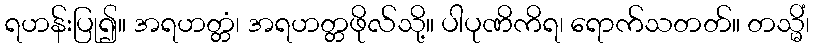
ရဟန်းပြု၍။ အရဟတ္တံ၊ အရဟတ္တဖိုလ်သို့။ ပါပုဏိကိရ၊ ရောက်သတတ်။ တသ္မိံ၊